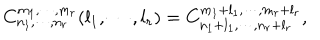
LaTeX: C _ { n _ { 1 } , \cdots , n _ { r } } ^ { m _ { 1 } , \cdots , m _ { r } } ( l _ { 1 } , \cdots , l _ { r } ) = C _ { n _ { 1 } + l _ { 1 } , \cdots , n _ { r } + l _ { r } } ^ { m _ { 1 } + l _ { 1 } , \cdots , m _ { r } + l _ { r } } ,